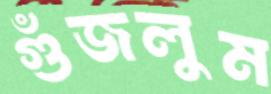
গুঁজলুম